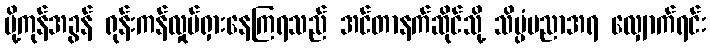
ပို့ကုန်အခွန် ရုန်းကန်လှုပ်ရှားနေကြရသည် အင်တာနက်ဆိုင်သို့ သိပ္ပံပညာအရ လျှောက်ရင်း